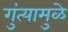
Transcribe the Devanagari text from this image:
गुंत्यामुळे